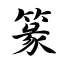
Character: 篆